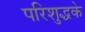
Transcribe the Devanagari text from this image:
परिशुद्धके